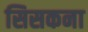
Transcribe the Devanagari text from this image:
सिसकना